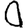
Digit: 0